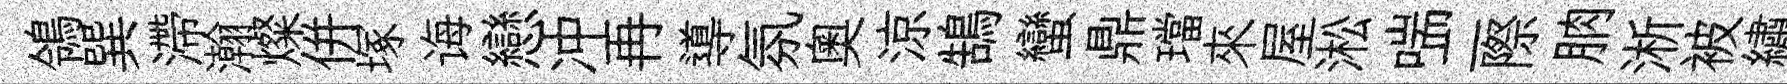
鴒巽滯瀚燦併塚诲戀冲再導氛奧涼鵠蠻鼎璫來屋淞喘二際朒淅被繡